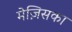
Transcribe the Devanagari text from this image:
मेज़िसका